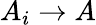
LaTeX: A_{i}\to A